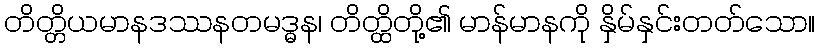
တိတ္တိယမာနဒဿနတမဒ္ဓန၊ တိတ္ထိတို့၏ မာန်မာနကို နှိမ်နှင်းတတ်သော။